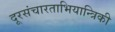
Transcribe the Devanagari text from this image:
दूरसंचारताभियान्त्रिकी